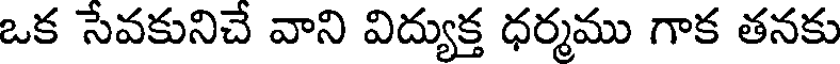
ఒక సేవకునిచే వాని విద్యుక్త ధర్మము గాక తనకు